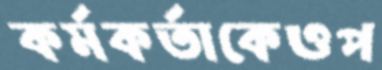
কর্মকর্তাকেওপ